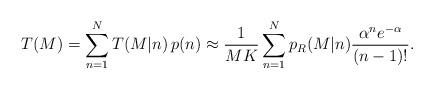
LaTeX: \begin{align*}& T ( M ) = \sum_{n=1}^{N} T (M | n ) \, p ( n ) \approx \frac{1}{MK} \sum_{n=1}^{N} p_{R} (M | n ) \frac{\alpha^n e^{-\alpha}}{( n - 1 )!}.\end{align*}